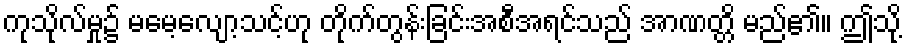
ကုသိုလ်မှု၌ မမေ့လျော့သင့်ဟု တိုက်တွန်းခြင်းအစီအရင်သည် အာဏတ္တိ မည်၏။ ဤသို့